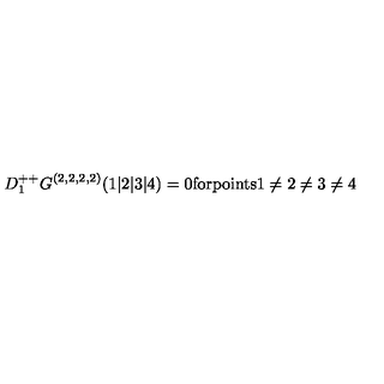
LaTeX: D _ { 1 } ^ { + + } G ^ { ( 2 , 2 , 2 , 2 ) } ( 1 \vert 2 \vert 3 \vert 4 ) = 0 \mathrm { f o r p o i n t s 1 \neq 2 \neq 3 \neq 4 }